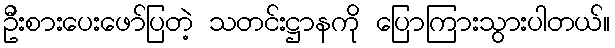
ဦးစားပေးဖော်ပြတဲ့ သတင်းဋ္ဌာနကို ပြောကြားသွားပါတယ်။